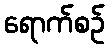
ရောက်စဉ်